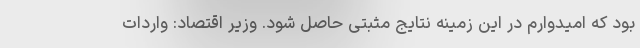
بود که امیدوارم در این زمینه نتایج مثبتی حاصل شود. وزیر اقتصاد: واردات